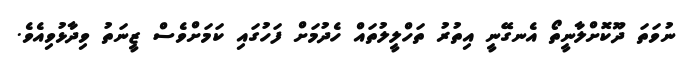
ނުވަތަ ދޫކޮށްލާނީތޯ އެނގޭނީ އިތުރު ތަހްލީލުތައް ހެދުމަށް ފަހުގައި ކަމަށްވެސް ޒީނަތު ވިދާޅުވިއެވެ.